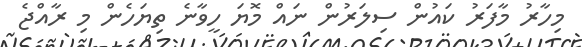
މިހާރު މާފަރު ކައުން ސިލަރުން ނައް މޮޔަ ހީވާނެ ތިޔަހެން މި ރާއްޖެ